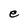
Character: e